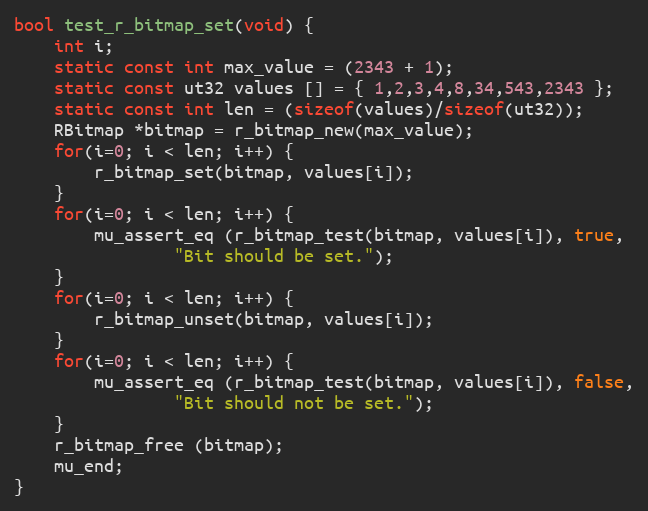
Language: C
bool test_r_bitmap_set(void) {
	int i;
	static const int max_value = (2343 + 1);
	static const ut32 values [] = { 1,2,3,4,8,34,543,2343 };
	static const int len = (sizeof(values)/sizeof(ut32));
	RBitmap *bitmap = r_bitmap_new(max_value);
	for(i=0; i < len; i++) {
		r_bitmap_set(bitmap, values[i]);
	}
	for(i=0; i < len; i++) {
		mu_assert_eq (r_bitmap_test(bitmap, values[i]), true,
				"Bit should be set.");
	}
	for(i=0; i < len; i++) {
		r_bitmap_unset(bitmap, values[i]);
	}
	for(i=0; i < len; i++) {
		mu_assert_eq (r_bitmap_test(bitmap, values[i]), false,
				"Bit should not be set.");
	}
	r_bitmap_free (bitmap);
	mu_end;
}